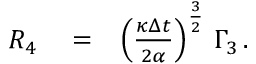
\begin{array} { r l r } { { \cal R } _ { 4 } } & { { } = } & { \left( \frac { \kappa \Delta { t } } { 2 \alpha } \right) ^ { \frac { 3 } { 2 } } \, \Gamma _ { 3 } \, . } \end{array}